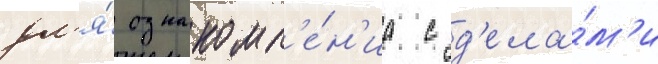
дл'я́ ознакомл'е́н'иа с д'ела́м'и